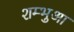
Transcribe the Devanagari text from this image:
शम्भुआ